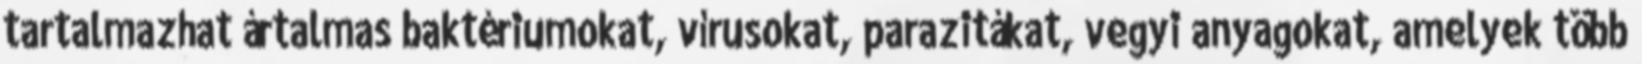
tartalmazhat ártalmas baktériumokat, vírusokat, parazitákat, vegyi anyagokat, amelyek több